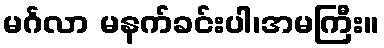
မင်္ဂလာ မနက်ခင်းပါ၊အမကြီး။